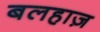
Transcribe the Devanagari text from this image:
बलहाज़